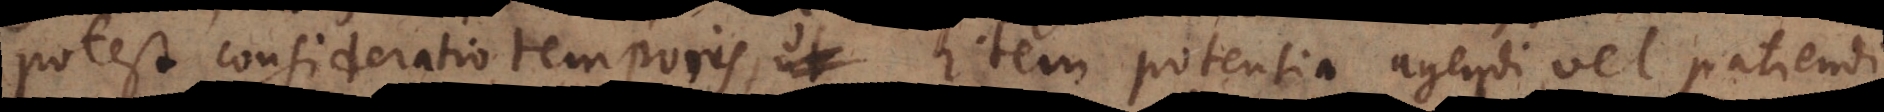
potest consideratio temporis, ut item potentia agendi vel patiendi